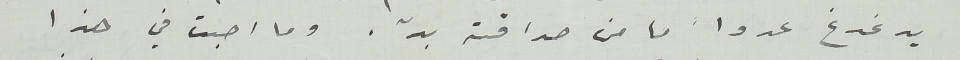
يدغدغ عدواً ما من صداقته بدّ. وما اصبت في هذا